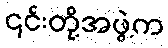
၎င်းတို့အဖွဲ့က